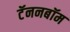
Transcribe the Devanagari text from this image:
टॅननबॉम